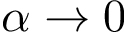
\alpha \rightarrow 0